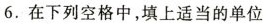
6. 在下列空格中，填上适当的单位